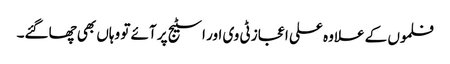
فلموں کے علاوہ علی اعجاز ٹی وی اور اسٹیج پر آئے تو وہاں بھی چھاگئے۔